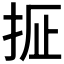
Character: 𫼢